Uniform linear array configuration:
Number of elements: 48
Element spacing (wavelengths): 0.25
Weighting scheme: kaiser
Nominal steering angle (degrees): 0
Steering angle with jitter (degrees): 1.387
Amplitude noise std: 0.05
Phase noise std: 0.05

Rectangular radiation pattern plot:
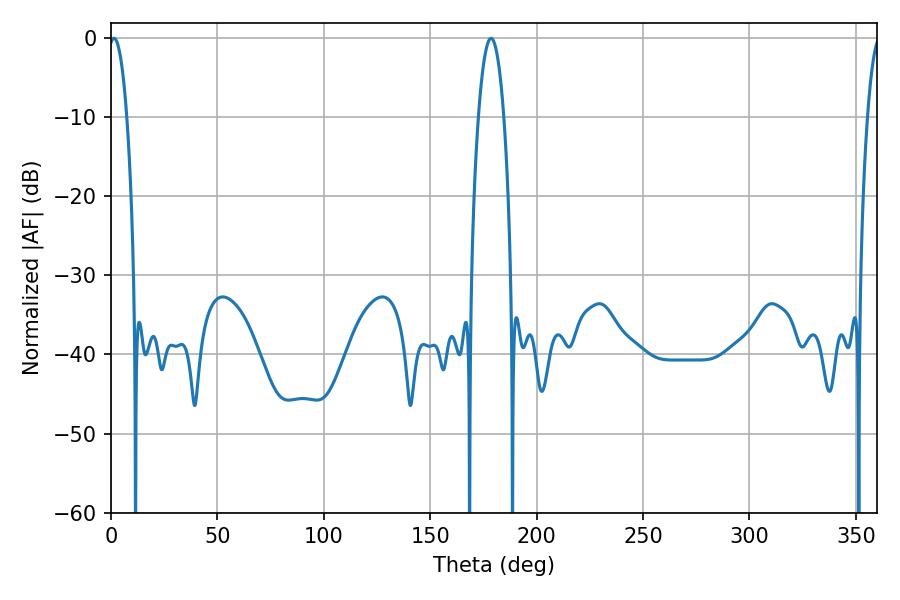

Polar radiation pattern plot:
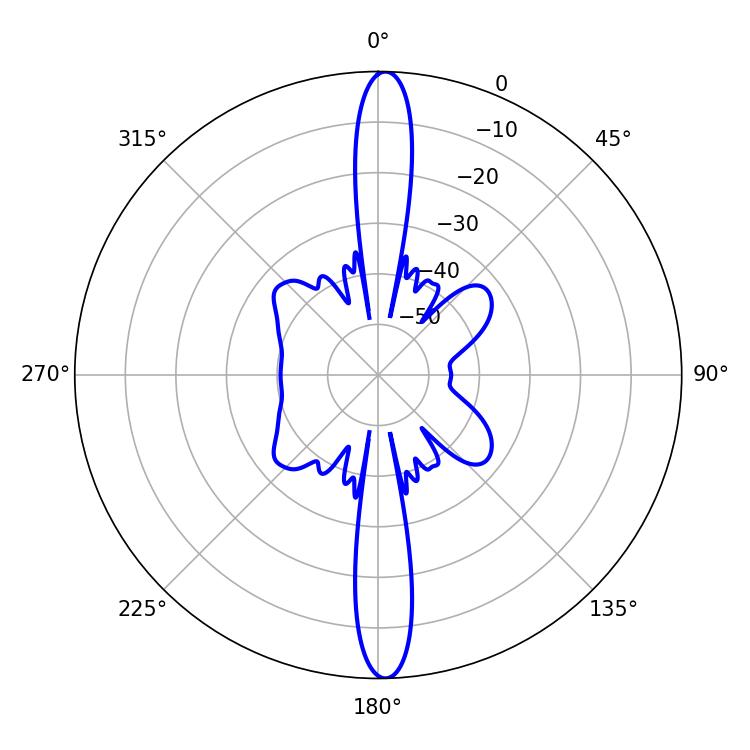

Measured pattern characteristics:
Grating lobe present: FALSE
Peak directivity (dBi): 25.132
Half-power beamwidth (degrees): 4.68
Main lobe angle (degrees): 1.44